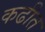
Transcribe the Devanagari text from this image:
कढीत